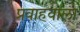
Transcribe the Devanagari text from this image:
प्रवाहवाला